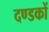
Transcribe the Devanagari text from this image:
दण्डकों